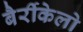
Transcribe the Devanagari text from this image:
बैर्रीकेलो